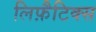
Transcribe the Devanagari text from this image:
लिफ़ैटिक्स